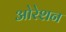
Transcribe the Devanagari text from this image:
ओरेशन